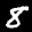
Label: 8